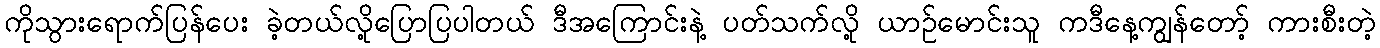
ကိုသွားရောက်ပြန်ပေး ခဲ့တယ်လို့ပြောပြပါတယ် ဒီအကြောင်းနဲ့ ပတ်သက်လို့ ယာဉ်မောင်းသူ ကဒီနေ့ကျွန်တော့် ကားစီးတဲ့